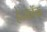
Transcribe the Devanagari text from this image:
हेन्कॉक